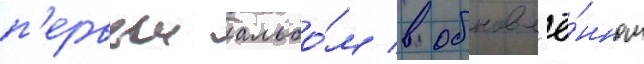
п'ервыи альбо́м в обновл'ё́нном